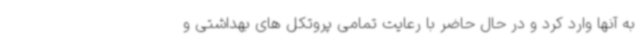
به آنها وارد کرد و در حال حاضر با رعایت تمامی پروتکل های بهداشتی و